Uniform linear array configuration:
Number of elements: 48
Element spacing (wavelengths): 0.25
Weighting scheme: hamming
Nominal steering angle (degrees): -30
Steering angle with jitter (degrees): -30.978
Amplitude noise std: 0.05
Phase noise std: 0.05

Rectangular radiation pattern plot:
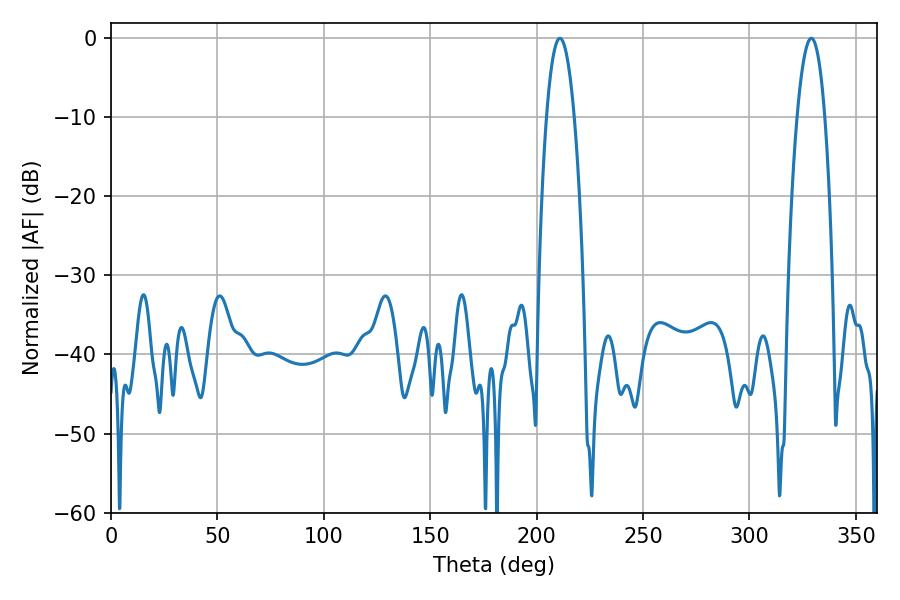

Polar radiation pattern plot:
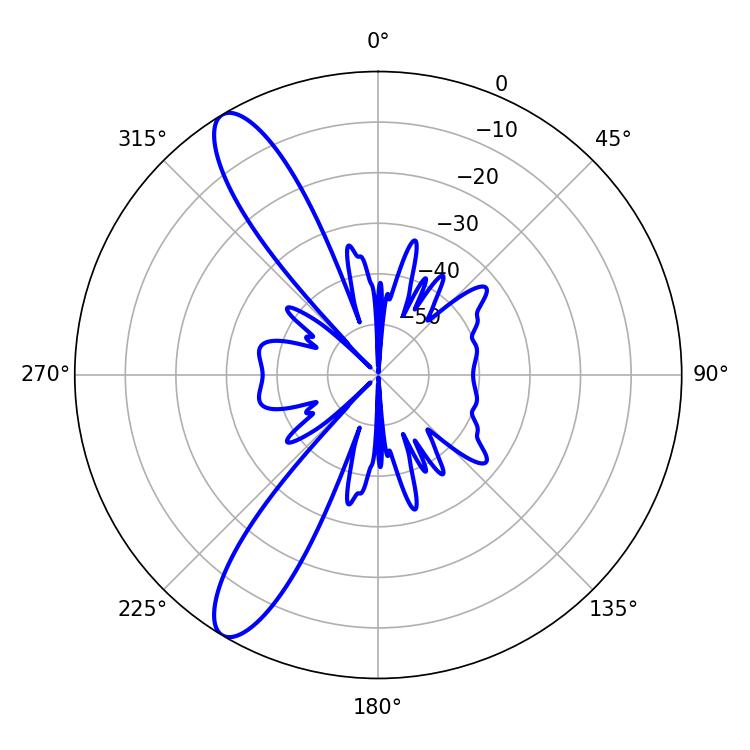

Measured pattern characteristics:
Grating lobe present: FALSE
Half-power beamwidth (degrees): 7.2
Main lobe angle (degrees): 210.96